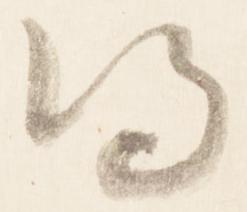
得